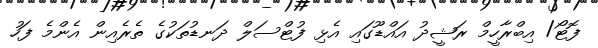
ފޮޓޯ/ އިބްރާހީމް ރަޝީދު އައްޑޫގައި އެޅި ފުޓްސަލް ދަނޑުތަކުގެ ތެރެއިން އެންމެ ފަހު